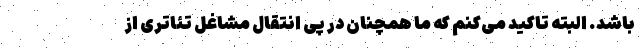
باشد. البته تاکید می‌کنم که ما همچنان در پی انتقال مشاغل تئاتری از